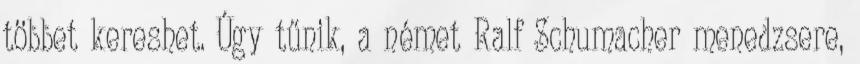
többet kereshet. Úgy tűnik, a német Ralf Schumacher menedzsere,